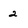
Character: 2